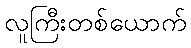
လူကြီးတစ်ယောက်